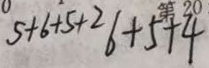
5 + 6 + 5 + 2 6 + 5 + 4